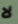
لا